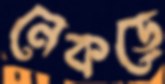
নেকড়ে